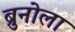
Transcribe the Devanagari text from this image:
ब्रुनोला